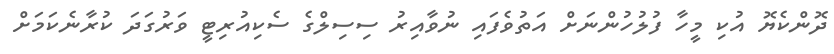
ދޮންކެޔޮ އުކި މީހާ ފުލުހުންނަށް އަތުވެފައި ނުވާއިރު ސިސިލްގެ ސެކިއުރިޓީ ވަރުގަދަ ކުރާނެކަމަށް